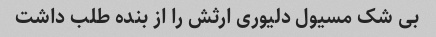
بی شک مسیول دلیوری ارثش را از بنده طلب داشت